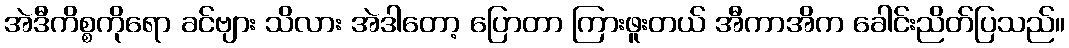
အဲဒီကိစ္စကိုရော ခင်ဗျား သိလား အဲဒါတော့ ပြောတာ ကြားဖူးတယ် အီကာအိက ခေါင်းညိတ်ပြသည်။